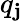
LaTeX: q_{\mathbf{j}}